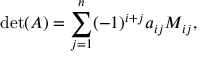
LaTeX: \operatorname* { d e t } ( A ) = \sum _ { j = 1 } ^ { n } ( - 1 ) ^ { i + j } a _ { i j } M _ { i j } ,